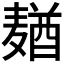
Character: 𱋢